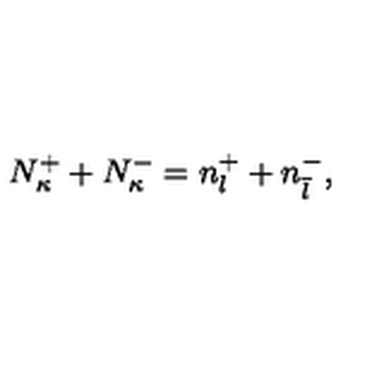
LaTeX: N _ { \kappa } ^ { + } + N _ { \kappa } ^ { - } = n _ { l } ^ { + } + n _ { \overline { l } } ^ { - } ,